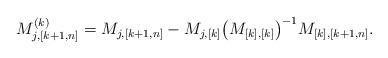
LaTeX: \begin{align*} M^{(k)}_{j,[k+1,n]}= M_{j,[k+1,n]} -M_{j,[k]} \big(M_{[k],[k]} \big)^{-1} M_{[k], [k+1,n]}.\end{align*}